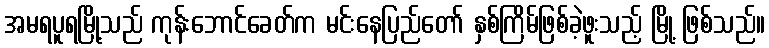
အမရပူရမြို့သည် ကုန်းဘောင်ခေတ်က မင်းနေပြည်တော် နှစ်ကြိမ်ဖြစ်ခဲ့ဖူးသည့် မြို့ ဖြစ်သည်။